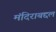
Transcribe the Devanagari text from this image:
मंदिराबद्दल